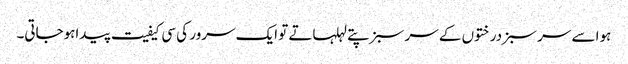
ہوا سے سر سبز درختوں کے سر سبز پتے لہلہاتے تو ایک سرور کی سی کیفیت پیداہوجاتی۔